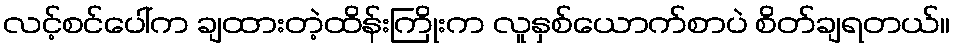
လင့်စင်ပေါ်က ချထားတဲ့ထိန်းကြိုးက လူနှစ်ယောက်စာပဲ စိတ်ချရတယ်။